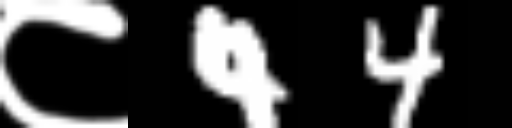
Text: ८44